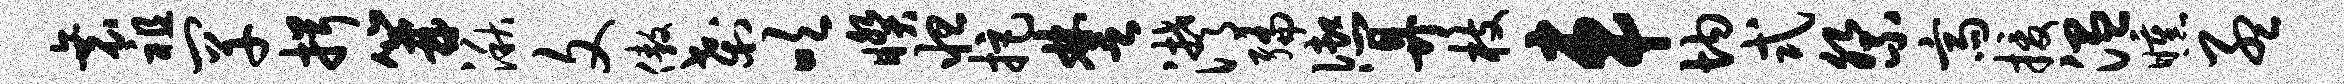
衰祖罕揖篝湫文傲刹吹睽怛拒楚潸编御算枝车均式祭斋援温曛孟